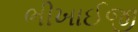
ભીખાઈજી